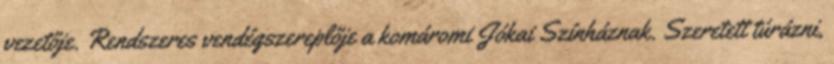
vezetője. Rendszeres vendégszereplője a komáromi Jókai Színháznak. Szeretett túrázni,